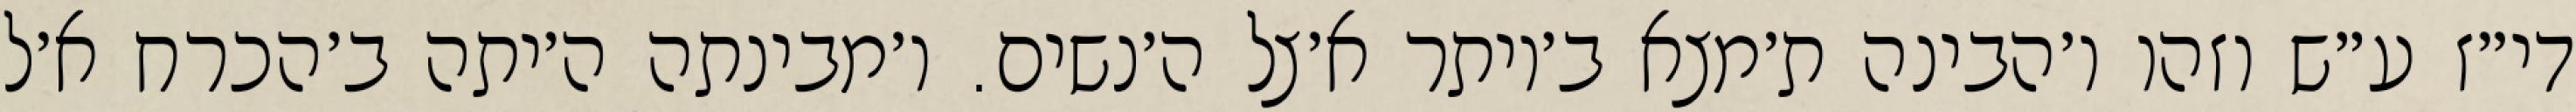
די״ז ע״ש וזהו ו׳הבינה ת׳מצא ב׳יותר א׳צל ה׳נשים. ו׳מבינתה ה׳יתה ב׳הכרח א׳ל